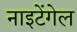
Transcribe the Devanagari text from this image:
नाइटेंगेल